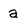
Character: a